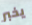
يخبر